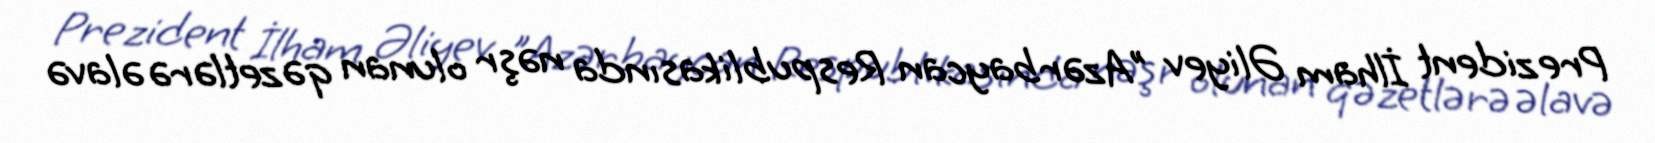
Prezident İlham Əliyev "Azərbaycan Respublikasında nəşr olunan qəzetlərə əlavə